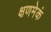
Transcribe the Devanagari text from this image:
क्षणमेकं